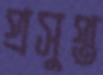
প্রসুপ্ত